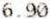
6.90